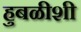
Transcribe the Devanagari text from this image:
हुबळीशी